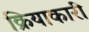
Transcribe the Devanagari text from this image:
क्रियाकारी